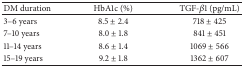
| DM duration | HbA1c (%) | TGF-β1 (pg/mL) |
 | --- | --- | --- |
 | 3–6 years | 8.5 ± 2.4 | 718 ± 425 |
 | 7–10 years | 8.0 ± 1.8 | 841 ± 451 |
 | 11–14 years | 8.6 ± 1.4 | 1069 ± 566 |
 | 15–19 years | 9.2 ± 1.8 | 1362 ± 607 |